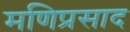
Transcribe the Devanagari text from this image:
मणिप्रसाद